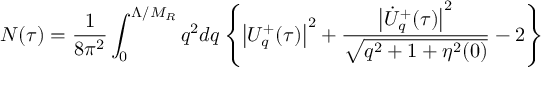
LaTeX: N ( \tau ) = \frac { 1 } { 8 \pi ^ { 2 } } \int _ { 0 } ^ { \Lambda / M _ { R } } q ^ { 2 } d q \left\{ \left| U _ { q } ^ { + } ( \tau ) \right| ^ { 2 } + \frac { \left| \dot { U } _ { q } ^ { + } ( \tau ) \right| ^ { 2 } } { \sqrt { q ^ { 2 } + 1 + \eta ^ { 2 } ( 0 ) } } - 2 \right\}